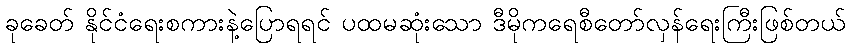
ခုခေတ် နိုင်ငံရေးစကားနဲ့ပြောရရင် ပထမဆုံးသော ဒီမိုကရေစီတော်လှန်ရေးကြီးဖြစ်တယ်